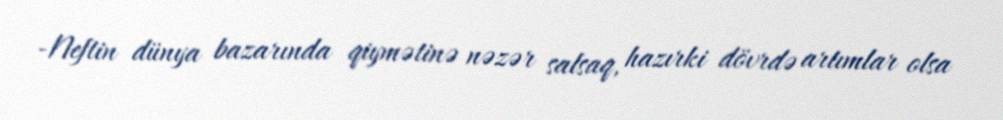
-Neftin dünya bazarında qiymətinə nəzər salsaq, hazırki dövrdə artımlar olsa